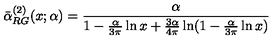
\bar { \alpha } _ { R G } ^ { ( 2 ) } ( x ; \alpha ) = \frac { \alpha } { 1 - \frac { \alpha } { 3 \pi } \ln x + \frac { 3 \alpha } { 4 \pi } \ln ( 1 - \frac { \alpha } { 3 \pi } \ln x ) }